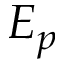
E _ { p }